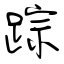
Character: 踪